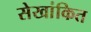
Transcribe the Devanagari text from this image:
सेखांकित